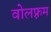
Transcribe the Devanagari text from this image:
वोलफ़्रम